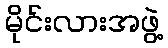
မိုင်းလားအဖွဲ့